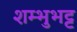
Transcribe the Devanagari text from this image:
शम्भुभट्ट